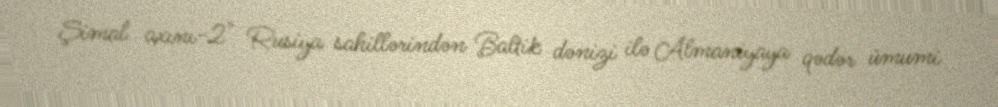
Şimal axını-2" Rusiya sahillərindən Baltik dənizi ilə Almaniyaya qədər ümumi